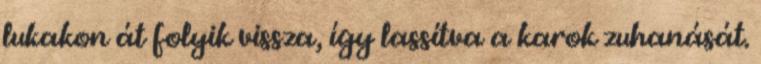
lukakon át folyik vissza, így lassítva a karok zuhanását.